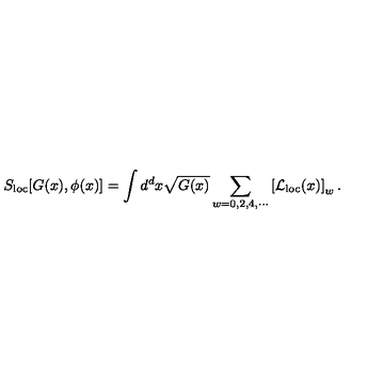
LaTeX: S _ { \mathrm { l o c } } [ G ( x ) , \phi ( x ) ] = \int d ^ { d } x \sqrt { G ( x ) } \sum _ { w = 0 , 2 , 4 , \cdots } \left[ { \cal L } _ { \mathrm { l o c } } ( x ) \right] _ { w } .